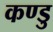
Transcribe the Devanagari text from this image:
कण्डु